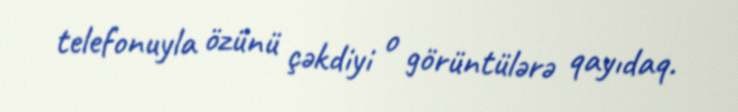
telefonuyla özünü çəkdiyi o görüntülərə qayıdaq.